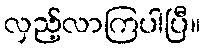
လှည့်လာကြပါပြီ။